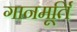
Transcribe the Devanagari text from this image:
गानमूर्ति